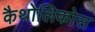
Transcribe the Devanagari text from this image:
कैथोलिकोस